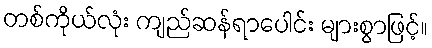
တစ်ကိုယ်လုံး ကျည်ဆန်ရာပေါင်း များစွာဖြင့်။